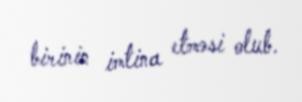
birinin imtina etməsi olub.